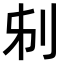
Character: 𠛔